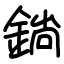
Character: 鋿